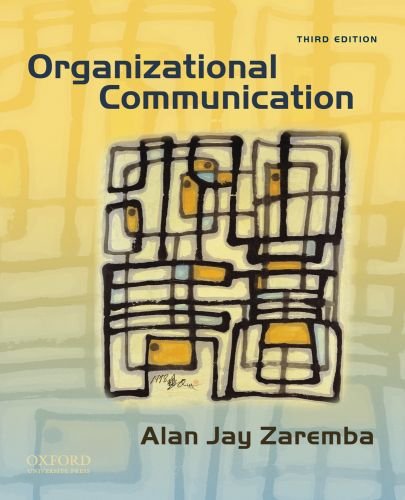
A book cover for Organizational Communication; Alan Jay Zaremba; Reference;